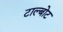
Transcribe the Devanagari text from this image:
टाल्बोट